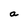
Character: a